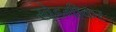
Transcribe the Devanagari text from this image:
खेडगीकर